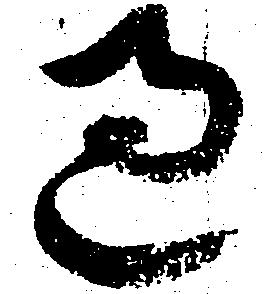
過